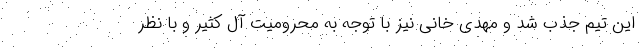
این تیم جذب شد و مهدی خانی نیز با توجه به محرومیت آل کثیر و با نظر